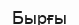
Бырғы